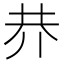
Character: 𠄫